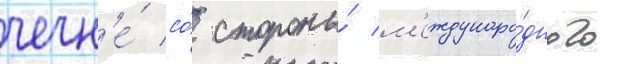
чечн'е́ со́ стороны́ м'еждунаро́дного